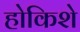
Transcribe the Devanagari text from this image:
होकिशे